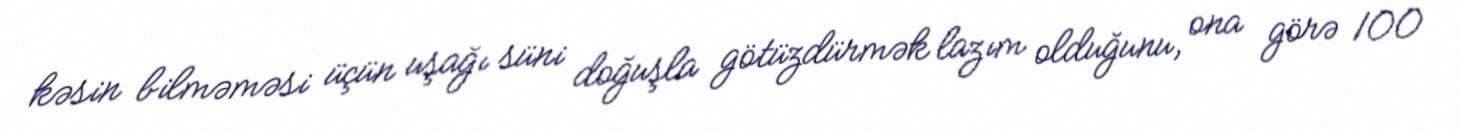
kəsin bilməməsi üçün uşağı süni doğuşla götüzdürmək lazım olduğunu, ona görə 100